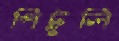
পিটুলি